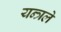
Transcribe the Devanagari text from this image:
यन्त्रले